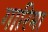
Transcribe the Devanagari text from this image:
गारिमा